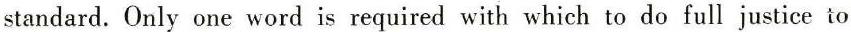
standard. Only one word is required with which to do full justice to